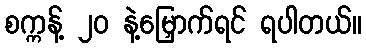
စက္ကန့် ၂၀ နဲ့မြှောက်ရင် ရပါတယ်။